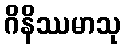
ဂိနိဿမာသု